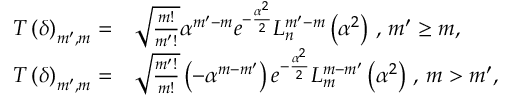
\begin{array} { r l } { T \left( \delta \right) _ { m ^ { \prime } , m } = } & { { } \sqrt { \frac { m ! } { m ^ { \prime } ! } } \alpha ^ { m ^ { \prime } - m } e ^ { - \frac { \alpha ^ { 2 } } { 2 } } L _ { n } ^ { m ^ { \prime } - m } \left( \alpha ^ { 2 } \right) \, , \, m ^ { \prime } \geq m , } \\ { T \left( \delta \right) _ { m ^ { \prime } , m } = } & { { } \sqrt { \frac { m ^ { \prime } ! } { m ! } } \left( - \alpha ^ { m - m ^ { \prime } } \right) e ^ { - \frac { \alpha ^ { 2 } } { 2 } } L _ { m } ^ { m - m ^ { \prime } } \left( \alpha ^ { 2 } \right) \, , \, m > m ^ { \prime } , } \end{array}